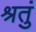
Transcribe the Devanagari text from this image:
श्रतुं